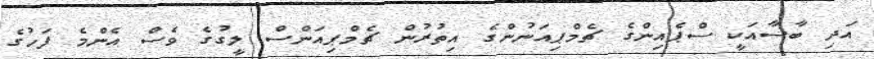
އަދި ބާސާއަކީ ސްޕެއިންގެ ޗެމްޕިއަނުންގެ އިތުރުން ޗެމްޕިއަންސް ލީގުގެ ވެސް އެންމެ ފަހުގެ